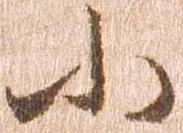
ふ